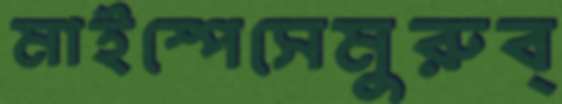
মাইস্পেসেমুরুব্